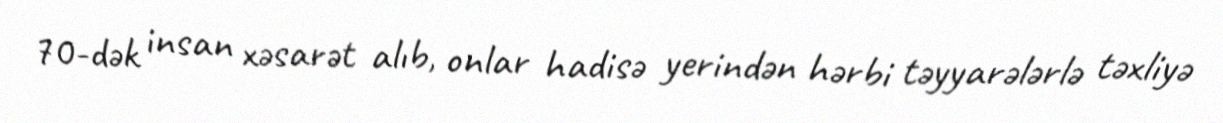
70-dək insan xəsarət alıb, onlar hadisə yerindən hərbi təyyarələrlə təxliyə